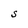
Character: S